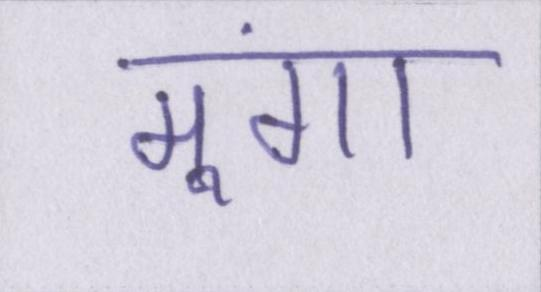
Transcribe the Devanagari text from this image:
मूंगा